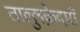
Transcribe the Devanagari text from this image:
ताल्लुक़ेदारों